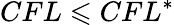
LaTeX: CFL\leqslant CFL^{*}